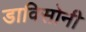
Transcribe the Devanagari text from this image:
डाविसोनी